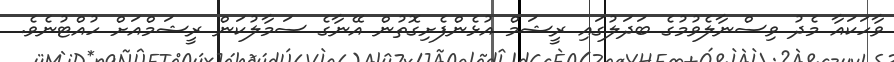
ވާހަކައާ މެދު ވިސްނާލެވުމުގެ ބަދަލުގައި ރީޝަމް އުޅެންފެށިގޮތުން އޭނާގެ ސަމާލުކަން ރީޝަމްއަށް ހުއްޓުނެވެ.